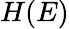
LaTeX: H(E)